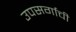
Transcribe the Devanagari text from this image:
उपसर्गाची